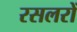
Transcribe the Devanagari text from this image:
रसलरों